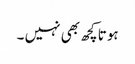
ہوتا کچھ بھی نہیں ۔